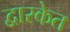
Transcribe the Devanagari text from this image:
द्वारकेत